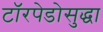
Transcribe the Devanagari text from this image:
टॉरपेडोसुद्धा